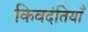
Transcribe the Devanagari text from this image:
किवदंतियाँ